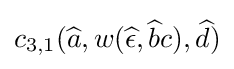
c_{3,1}({\widehat {a}},w({\widehat {\epsilon }},{\widehat {b}}c),{\widehat {d}})